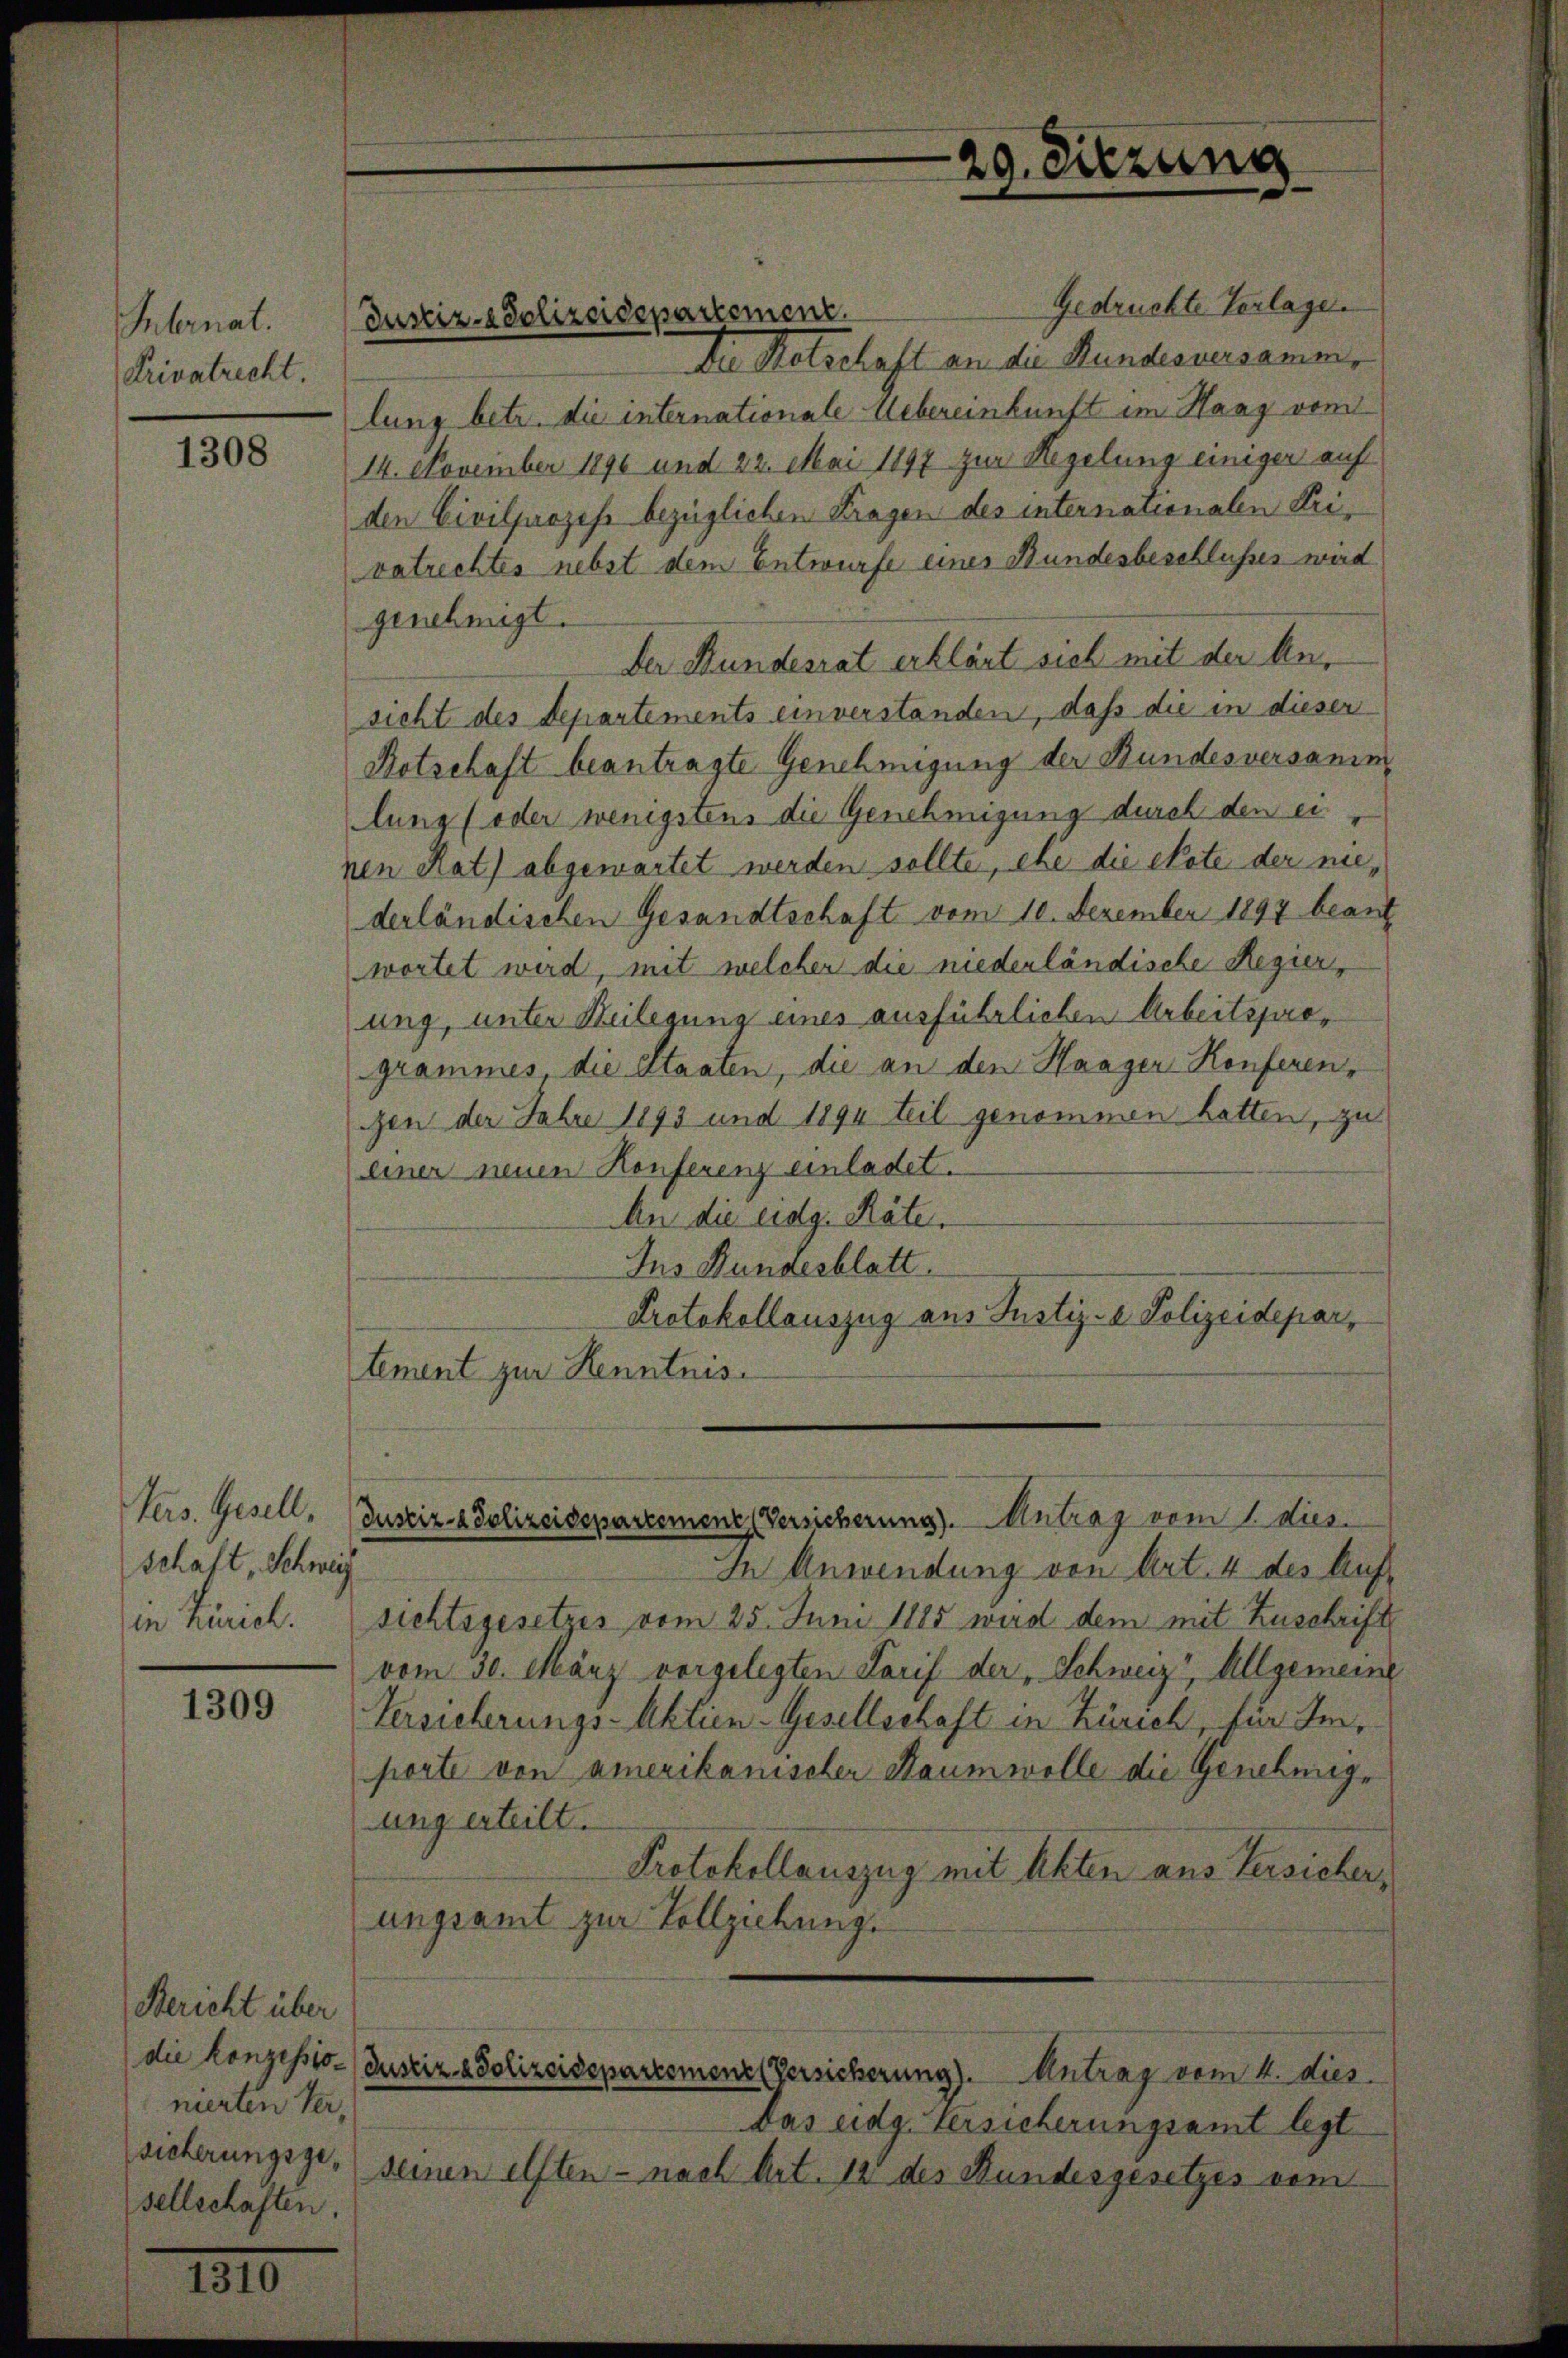
Internat.
Privatrecht

1308

Vers. Gesell,
schaft, Schweiz
in Zürich.

1309

1210

Bericht über
die konzessionierten Versicherungsgesellschaften.

Gedruckte Verlage.
Dn Retschaft an die Bundesversamm
lung betr. die internationale Uebereinkunft im Hang vom
14. November 1896 und 22. Mai 1897 zur Regelung einiger auf
den Civilprozess bezüglichen Fragen des internationalen Urivatrechtes nebst dem Entwurfe einer Bundesbeschlusses wird
genehmigt.
Der Bundesrat erklärt sich mit der Ansicht des Departements einverstanden, daß die in dieser
Kotschaft beantragte Genehmigung der Bundesversamm
lung (oder wenigstens die Genehmigung durch den ei
ven Rat) abgewartet werden sollte, ehe die etate der niederländischen Gesandtschaft vom 10. Dezember 1897 beauf
wortet wird, mit welcher die niederländische Regier,
ung, unter Beilegung eines ausführlichen Arbeitsprogrammes die Staaten, die an den Haager Konferen,
gen der Jahre 1893 und 1894 teil genommen hatten, zu
einer neuen Konferenz einladet.
An die eidg. Räten
Ins Bundesblatt.
Protokollauszug aus Justiz- & Polizeidepartement zur Kenntnis-

Justiz-Polizeidepartement.

ung erteilt.

29. Sitzung

Justiz- & Polizeidepartement (Versicherung). Antrag vom 1. dus.
In Anwendung von Art. 4 des Auf-

sichtsgesetzes vom 25. Juni 1885 wird dem mit Zuschrift
vom 30. März vorgelegten Tarif der „Schweiz, Allgemeine
Versicherungs-Aktien-Gesellschaft in Zürich, für Importe von amerikanischer Baumwolle die Genehmig-
Protokollauszug mit Akten aus Versicher,
ungsamt zur Vollziehung
Justiz & Polizeidepartemene Versicherung). Antrag vom 4. dies
das eidg. Versicherungsamt legt
seinen elften - nach Art. 12 des Bundesgesetzes vom